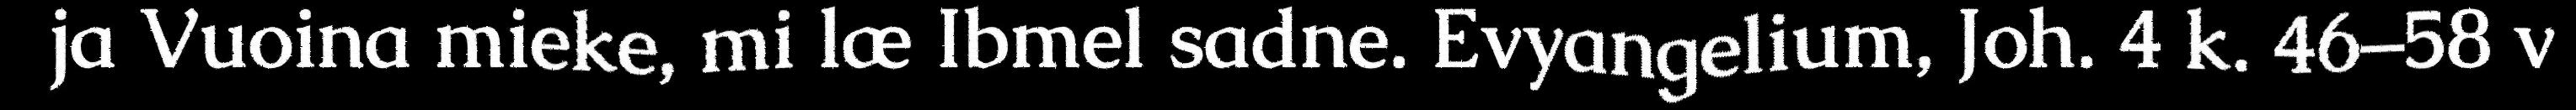
ja Vuoina mieke, mi læ Ibmel sadne. Evyangelium, Joh. 4 k. 46–58 v